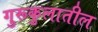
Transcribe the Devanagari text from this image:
गुरूकुलातील